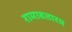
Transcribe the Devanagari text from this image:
रामावतारम